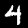
Label: 4